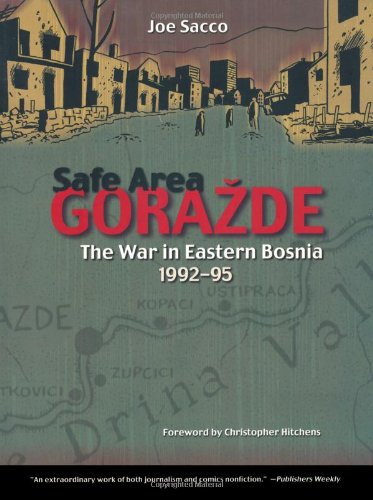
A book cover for Safe Area Gorazde: The War in Eastern Bosnia 1992-1995; Joe Sacco; Comics & Graphic Novels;